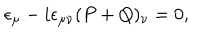
\epsilon _ { \mu } - i \epsilon _ { \mu \nu } ( P + Q ) _ { \nu } = 0 ,